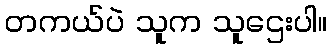
တကယ်ပဲ သူက သူဌေးပါ။